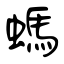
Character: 螞